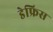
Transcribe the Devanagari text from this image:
डेफ्रिस